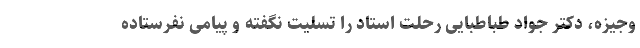
وجیزه، دکتر جواد طباطبایی رحلت استاد را تسلیت نگفته و پیامی نفرستاده